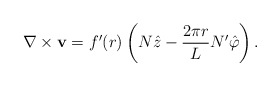
\begin{align*}\nabla \times {\bf v} = f^{\prime}(r)\left(N\hat{z} - \frac{2\pi r} L N'\hat{\varphi} \right).\end{align*}